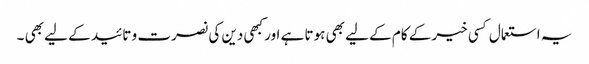
یہ استعمال کسی خیر کے کام کے لیے بھی ہوتا ہے اور کبھی دین کی نصرت و تائید کے لیے بھی ۔